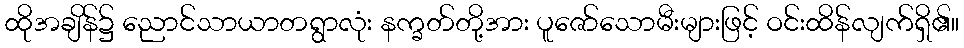
ထိုအချိန်၌ ညောင်သာယာတရွာလုံး နက္ခတ်တို့အား ပူဇော်သောမီးများဖြင့် ဝင်းထိန်လျက်ရှိ၏။